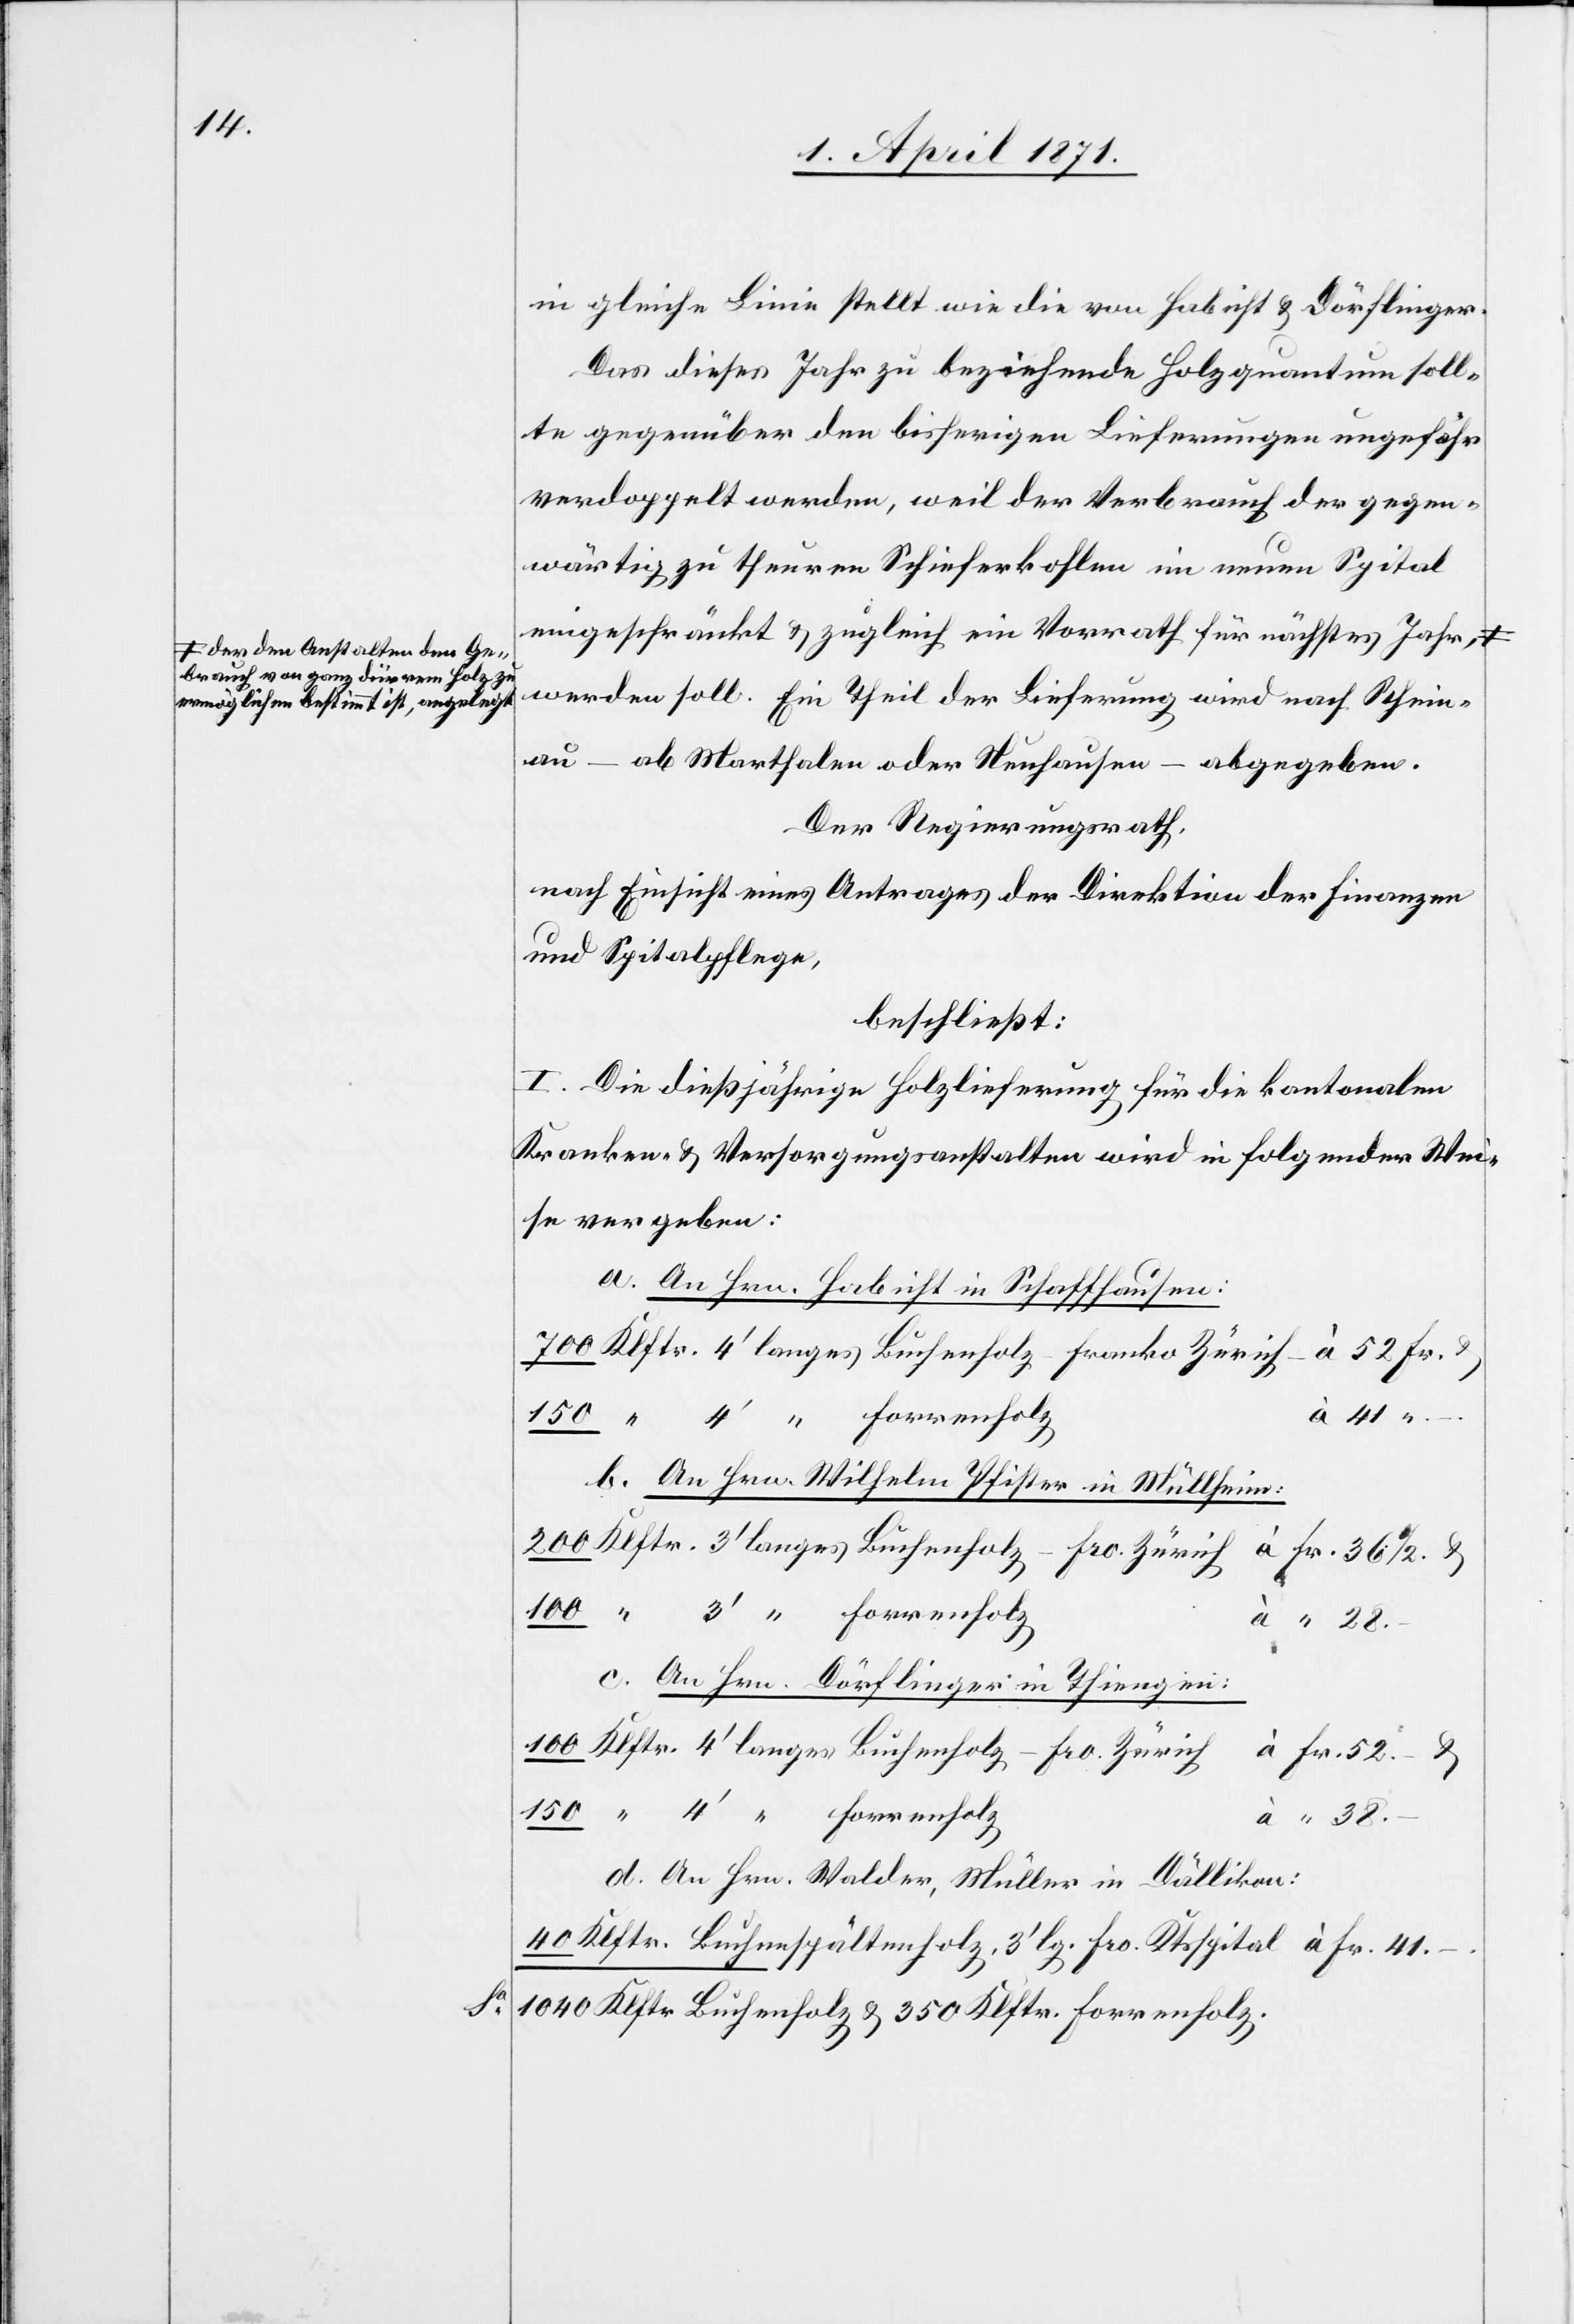
a-der den Anstalten den Ge¬
brauch von ganz dürrem Holz zu
ermöglichen bestimmt ist, angeleg¬

Sa.

in gleiche Linie stellt wie die von Habicht u. Dörflinger.
Das dieses Jahr zu beziehende Holzquantum soll¬
te gegenüber den bisherigen Lieferungen ungefähr
verdoppelt werden, weil der Verbrauch der gegen¬
wärtig zu theuren Schieferkohlen im neuen Spital
eingeschränkt u. zugleich ein Vorrath für nächstes Jahr,
werden soll. Ein Theil der Lieferung wird nach Rhein¬
au – ab Marthalen oder Neuhausen – abgegeben.
Der Regierungsrath,
nach Einsicht eines Antrages der Direktion der Finanzen
und Spitalpflege,
beschließt:
I. Die dießjährige Holzlieferung für die kantonalen
Kranken- u. Versorgungsanstalten wird in folgender Wei¬
se vergeben:
a. An Hrn. Habicht in Schaffhausen:
Forrenholz
“ 38.–
b. An Hrn. Wilhelm Pfister in Müllheim:
à Fr. 36 1/2 u.
à “ 28.–
c. An Hrn. Dörflinger in Thiengen:
à Fr. 41.–.
d. An Hrn. Walder, Müller in Dällikon:
1040 Klftr. Buchenholz u. 350 Klftr. Forrenholz.